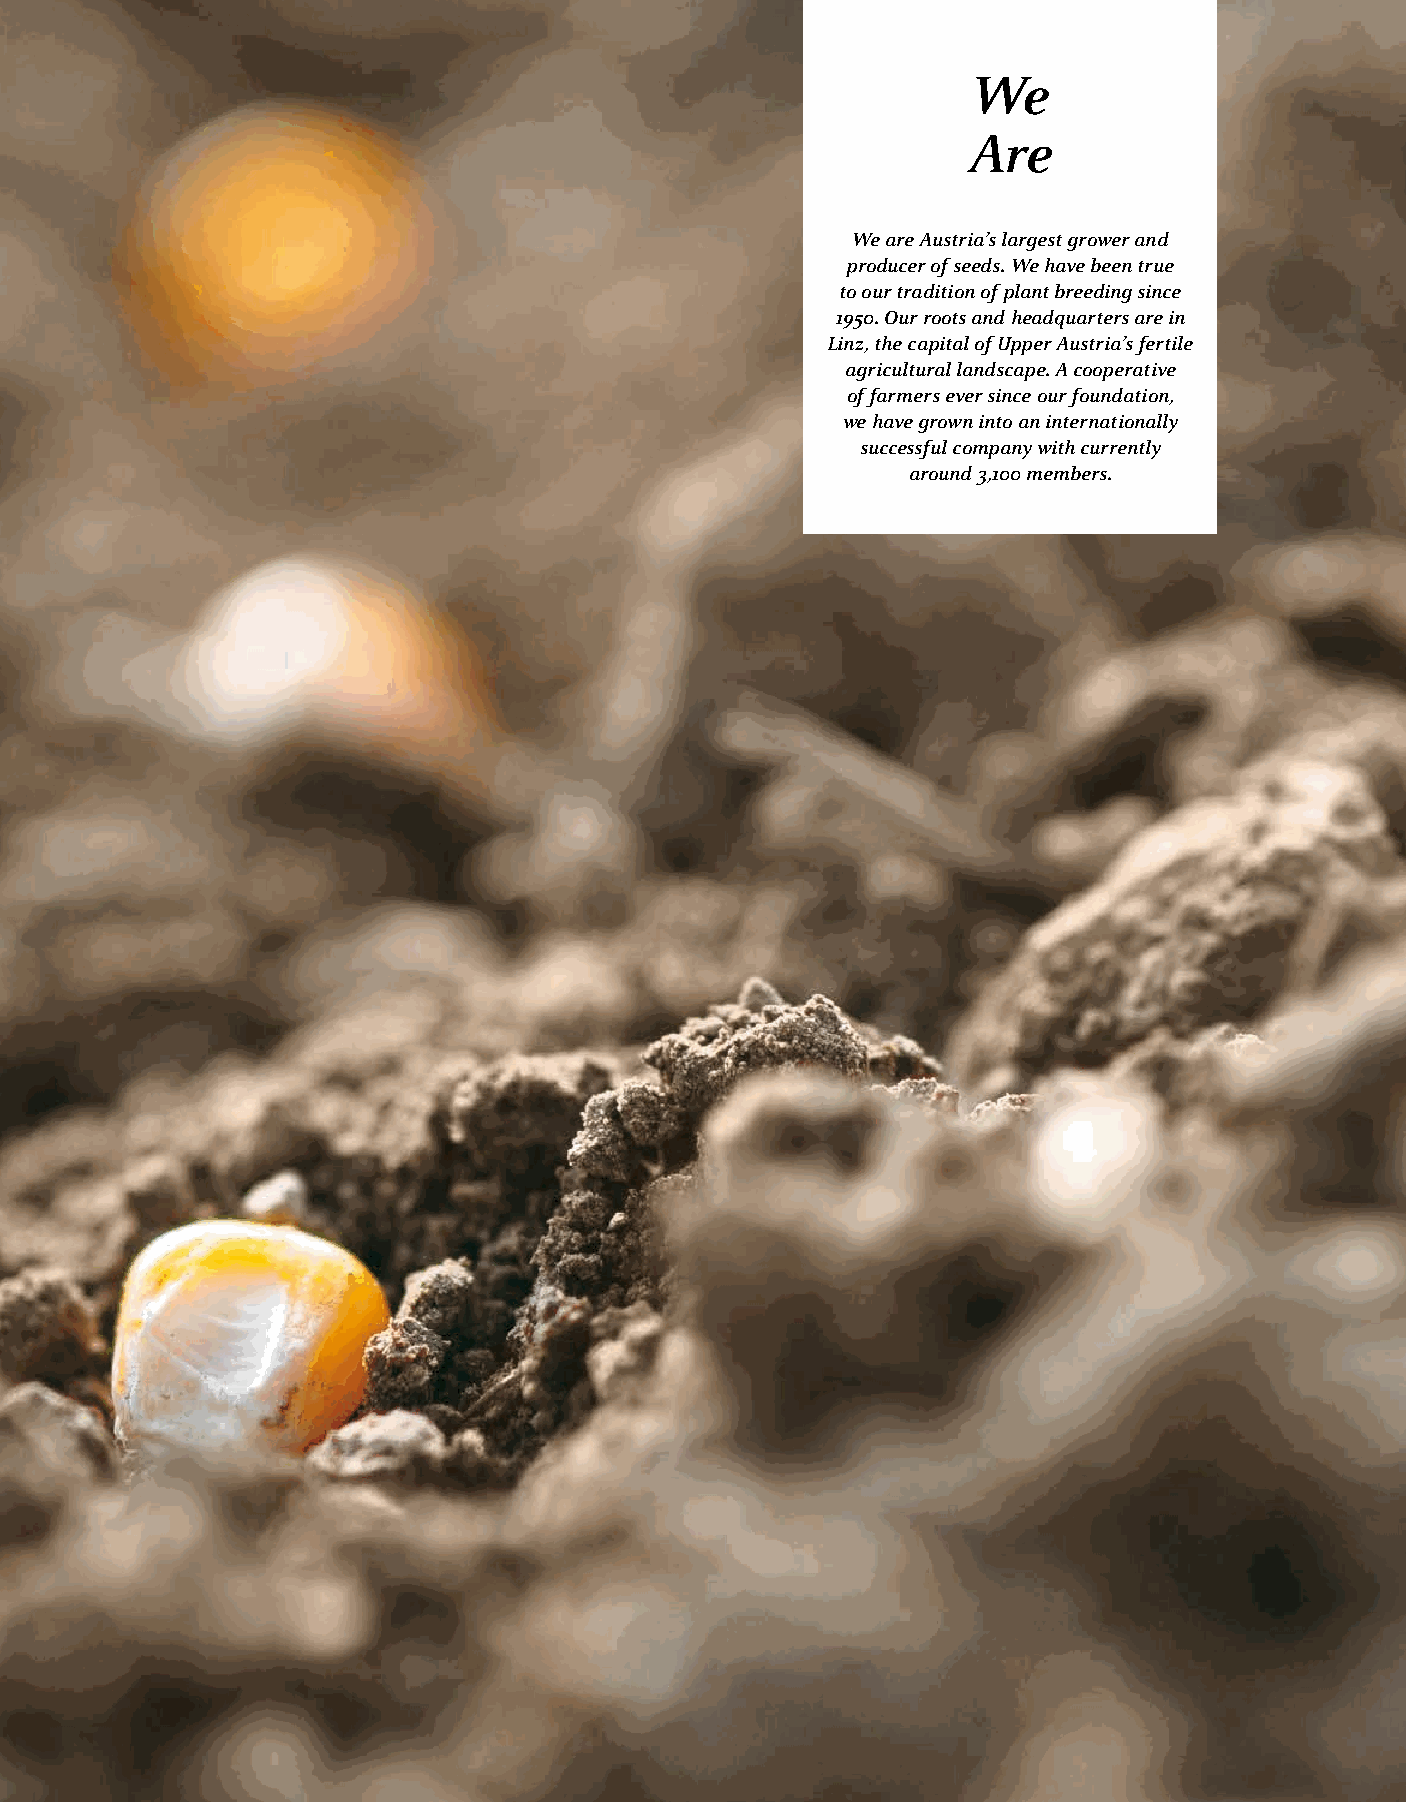
We
 Are
 We are Austria’s largest grower and
 producer of seeds. We have been true
 to our tradition of plant breeding since
 1950. Our roots and headquarters are in
 Linz, the capital of Upper Austria’s fertile
 agricultural landscape. A cooperative
 of farmers ever since our foundation,
 we have grown into an internationally
 successful company with currently
 around 3,100 members.